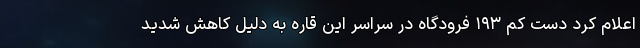
اعلام کرد دست کم ۱۹۳ فرودگاه در سراسر این قاره به دلیل کاهش شدید